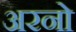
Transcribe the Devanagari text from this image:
अरनो